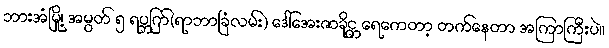
ဘားအံမြို့၊ အမွတ် ၅ ရပ္ကြက်(ရာဘာခြံလမ်း) ဒေါ်အေးဇာခိုင္က ရေကေတာ့ တက်နေတာ အကြာကြီးပဲ။